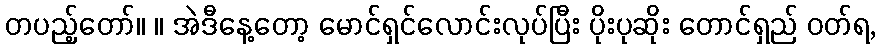
တပည့်တော်။ ။ အဲဒီနေ့တော့ မောင်ရှင်လောင်းလုပ်ပြီး ပိုးပုဆိုး တောင်ရှည် ဝတ်ရ,